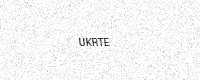
Text: UKRTE